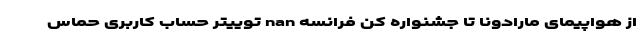
از هواپیمای مارادونا تا جشنواره کن فرانسه nan توییتر حساب کاربری حماس